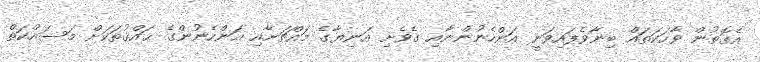
އެގޮތުން ވާހަކަތައް ބިނާވެފައިވަނީ އަންހެނުންނާއި ގެވެށި އަނިޔާގެ މައްޗަށާއި އަންހެނުންގެ ޙައްޤުތަކަށް މަސައްކަތް